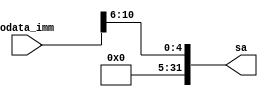
`timescale 1ns / 1ps
//////////////////////////////////////////////////////////////////////////////////
// Company: 
// Engineer: 
// 
// Design Name: 
// Module Name:    imm2sa 
// Project Name: 
// Target Devices: 
// Tool versions: 
// Description: 
//
// Dependencies: 
//
// Revision: 
// Revision 0.01 - File Created
// Additional Comments: 
//
//////////////////////////////////////////////////////////////////////////////////
module imm2sa(odata_imm,sa);
	input[31:0] odata_imm;
	output[31:0] sa;
	
	assign sa = {27'b0,odata_imm[10:6]};
endmodule